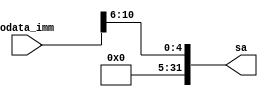
`timescale 1ns / 1ps
//////////////////////////////////////////////////////////////////////////////////
// Company: 
// Engineer: 
// 
// Design Name: 
// Module Name:    imm2sa 
// Project Name: 
// Target Devices: 
// Tool versions: 
// Description: 
//
// Dependencies: 
//
// Revision: 
// Revision 0.01 - File Created
// Additional Comments: 
//
//////////////////////////////////////////////////////////////////////////////////
module imm2sa(odata_imm,sa);
	input[31:0] odata_imm;
	output[31:0] sa;
	
	assign sa = {27'b0,odata_imm[10:6]};
endmodule